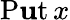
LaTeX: \operatorname{P\mathbf{u}t}x